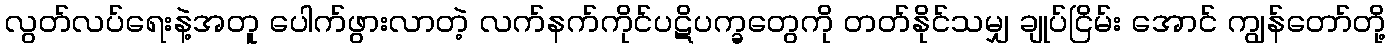
လွတ်လပ်ရေးနဲ့အတူ ပေါက်ဖွားလာတဲ့ လက်နက်ကိုင်ပဋိပက္ခတွေကို တတ်နိုင်သမျှ ချုပ်ငြိမ်း အောင် ကျွန်တော်တို့